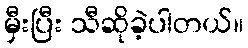
မှီးပြီး သီဆိုခဲ့ပါတယ်။